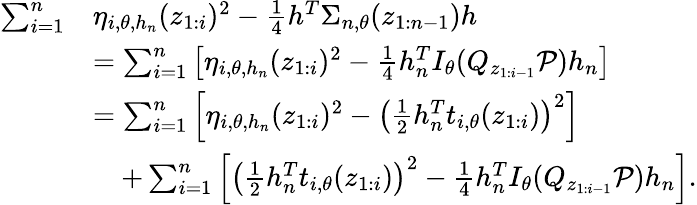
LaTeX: \begin{array}{rl}{\sum_{i=1}^{n}}&{\eta_{i,\theta,h_{n}}(z_{1:i})^{2}-\frac 14h^{T}\Sigma_{n,\theta}(z_{1:n-1})h}\\ &{=\sum_{i=1}^{n}\left[\eta_{i,\theta,h_{n}}(z_{1:i})^{2}-\frac 14h_{n}^{T}I_{\theta}(Q_{z_{1:i-1}}{\mathcal P})h_{n}\right]}\\ &{=\sum_{i=1}^{n}\left[\eta_{i,\theta,h_{n}}(z_{1:i})^{2}-\left(\frac 12h_{n}^{T}t_{i,\theta}(z_{1:i})\right)^{2}\right]}\\ &{\quad+\sum_{i=1}^{n}\left[\left(\frac 12h_{n}^{T}t_{i,\theta}(z_{1:i})\right)^{2}-\frac 14h_{n}^{T}I_{\theta}(Q_{z_{1:i-1}}{\mathcal P})h_{n}\right].}\end{array}